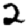
Digit: 2